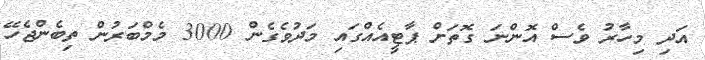
އަދި މިހާރު ވެސް އޮންނަ ގޮތަށް ޕާޓީއެއްގައި މަދުވެގެން 3000 މެމްބަރުން ތިބެންޖެހޭ